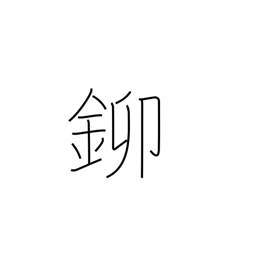
Meaning: gold